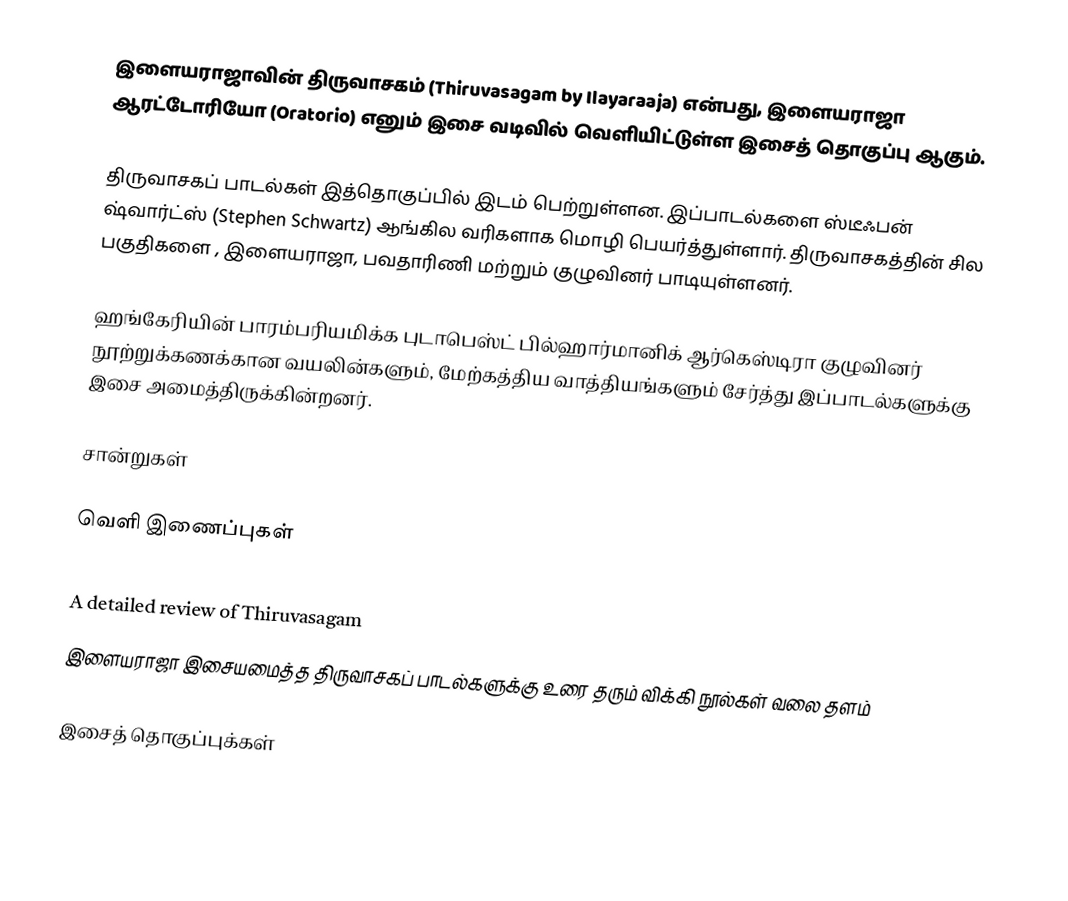
இளையராஜாவின் திருவாசகம் (Thiruvasagam by Ilayaraaja) என்பது, இளையராஜா ஆரட்டோரியோ (Oratorio) எனும் இசை வடிவில் வெளியிட்டுள்ள இசைத் தொகுப்பு ஆகும்.

திருவாசகப் பாடல்கள் இத்தொகுப்பில் இடம் பெற்றுள்ளன. இப்பாடல்களை  ஸ்டீஃபன் ஷ்வார்ட்ஸ் (Stephen Schwartz) ஆங்கில வரிகளாக மொழி பெயர்த்துள்ளார். திருவாசகத்தின் சில பகுதிகளை , இளையராஜா, பவதாரிணி மற்றும் குழுவினர் பாடியுள்ளனர்.

ஹங்கேரியின் பாரம்பரியமிக்க புடாபெஸ்ட் பில்ஹார்மானிக் ஆர்கெஸ்டிரா குழுவினர் நூற்றுக்கணக்கான வயலின்களும், மேற்கத்திய வாத்தியங்களும் சேர்த்து இப்பாடல்களுக்கு இசை அமைத்திருக்கின்றனர்.

சான்றுகள்

வெளி இணைப்புகள்
 sagam.html Ilaiyaraaja's Offical site
A detailed review of Thiruvasagam
 இளையராஜா இசையமைத்த திருவாசகப் பாடல்களுக்கு உரை தரும் விக்கி நூல்கள் வலை தளம்

இசைத் தொகுப்புக்கள்